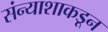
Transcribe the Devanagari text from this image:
संन्याशाकडून